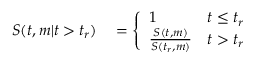
\begin{array} { r l } { S ( t , m | t > t _ { r } ) } & { { } = \left\{ \begin{array} { l l } { 1 } & { t \leq t _ { r } } \\ { \frac { S ( t , m ) } { S ( t _ { r } , m ) } } & { t > t _ { r } } \end{array} \right. } \end{array}